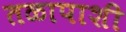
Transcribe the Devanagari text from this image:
तळापाशी